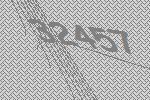
32457